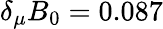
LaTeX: \delta_{\mu}B_{0}=0.087